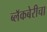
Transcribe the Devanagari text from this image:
ब्लॅकबेरीचा